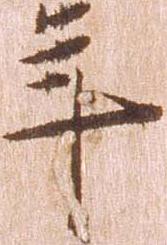
年